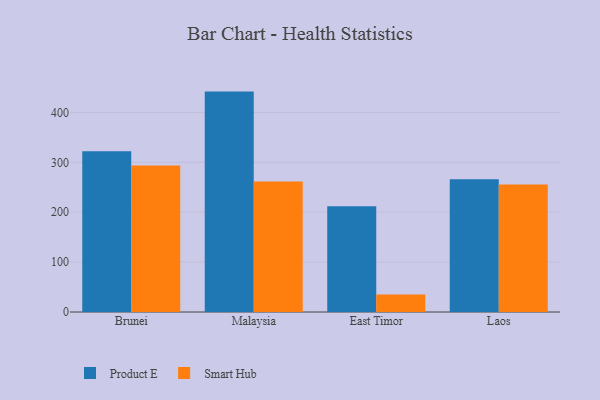
{"axis": {"x": "Country", "y": "Temperature (°C)"}, "legend": ["Product E", "Smart Hub"], "data": [{"x": "Brunei", "y": 322.3, "type": "Product E"}, {"x": "Brunei", "y": 293.7, "type": "Smart Hub"}, {"x": "Malaysia", "y": 441.7, "type": "Product E"}, {"x": "Malaysia", "y": 261.4, "type": "Smart Hub"}, {"x": "East Timor", "y": 211.9, "type": "Product E"}, {"x": "East Timor", "y": 34.9, "type": "Smart Hub"}, {"x": "Laos", "y": 265.9, "type": "Product E"}, {"x": "Laos", "y": 255.3, "type": "Smart Hub"}]}